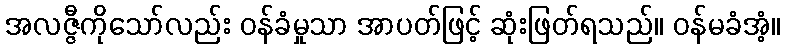
အလဇ္ဇီကိုသော်လည်း ဝန်ခံမှုသာ အာပတ်ဖြင့် ဆုံးဖြတ်ရသည်။ ဝန်မခံအံ့။